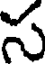
స